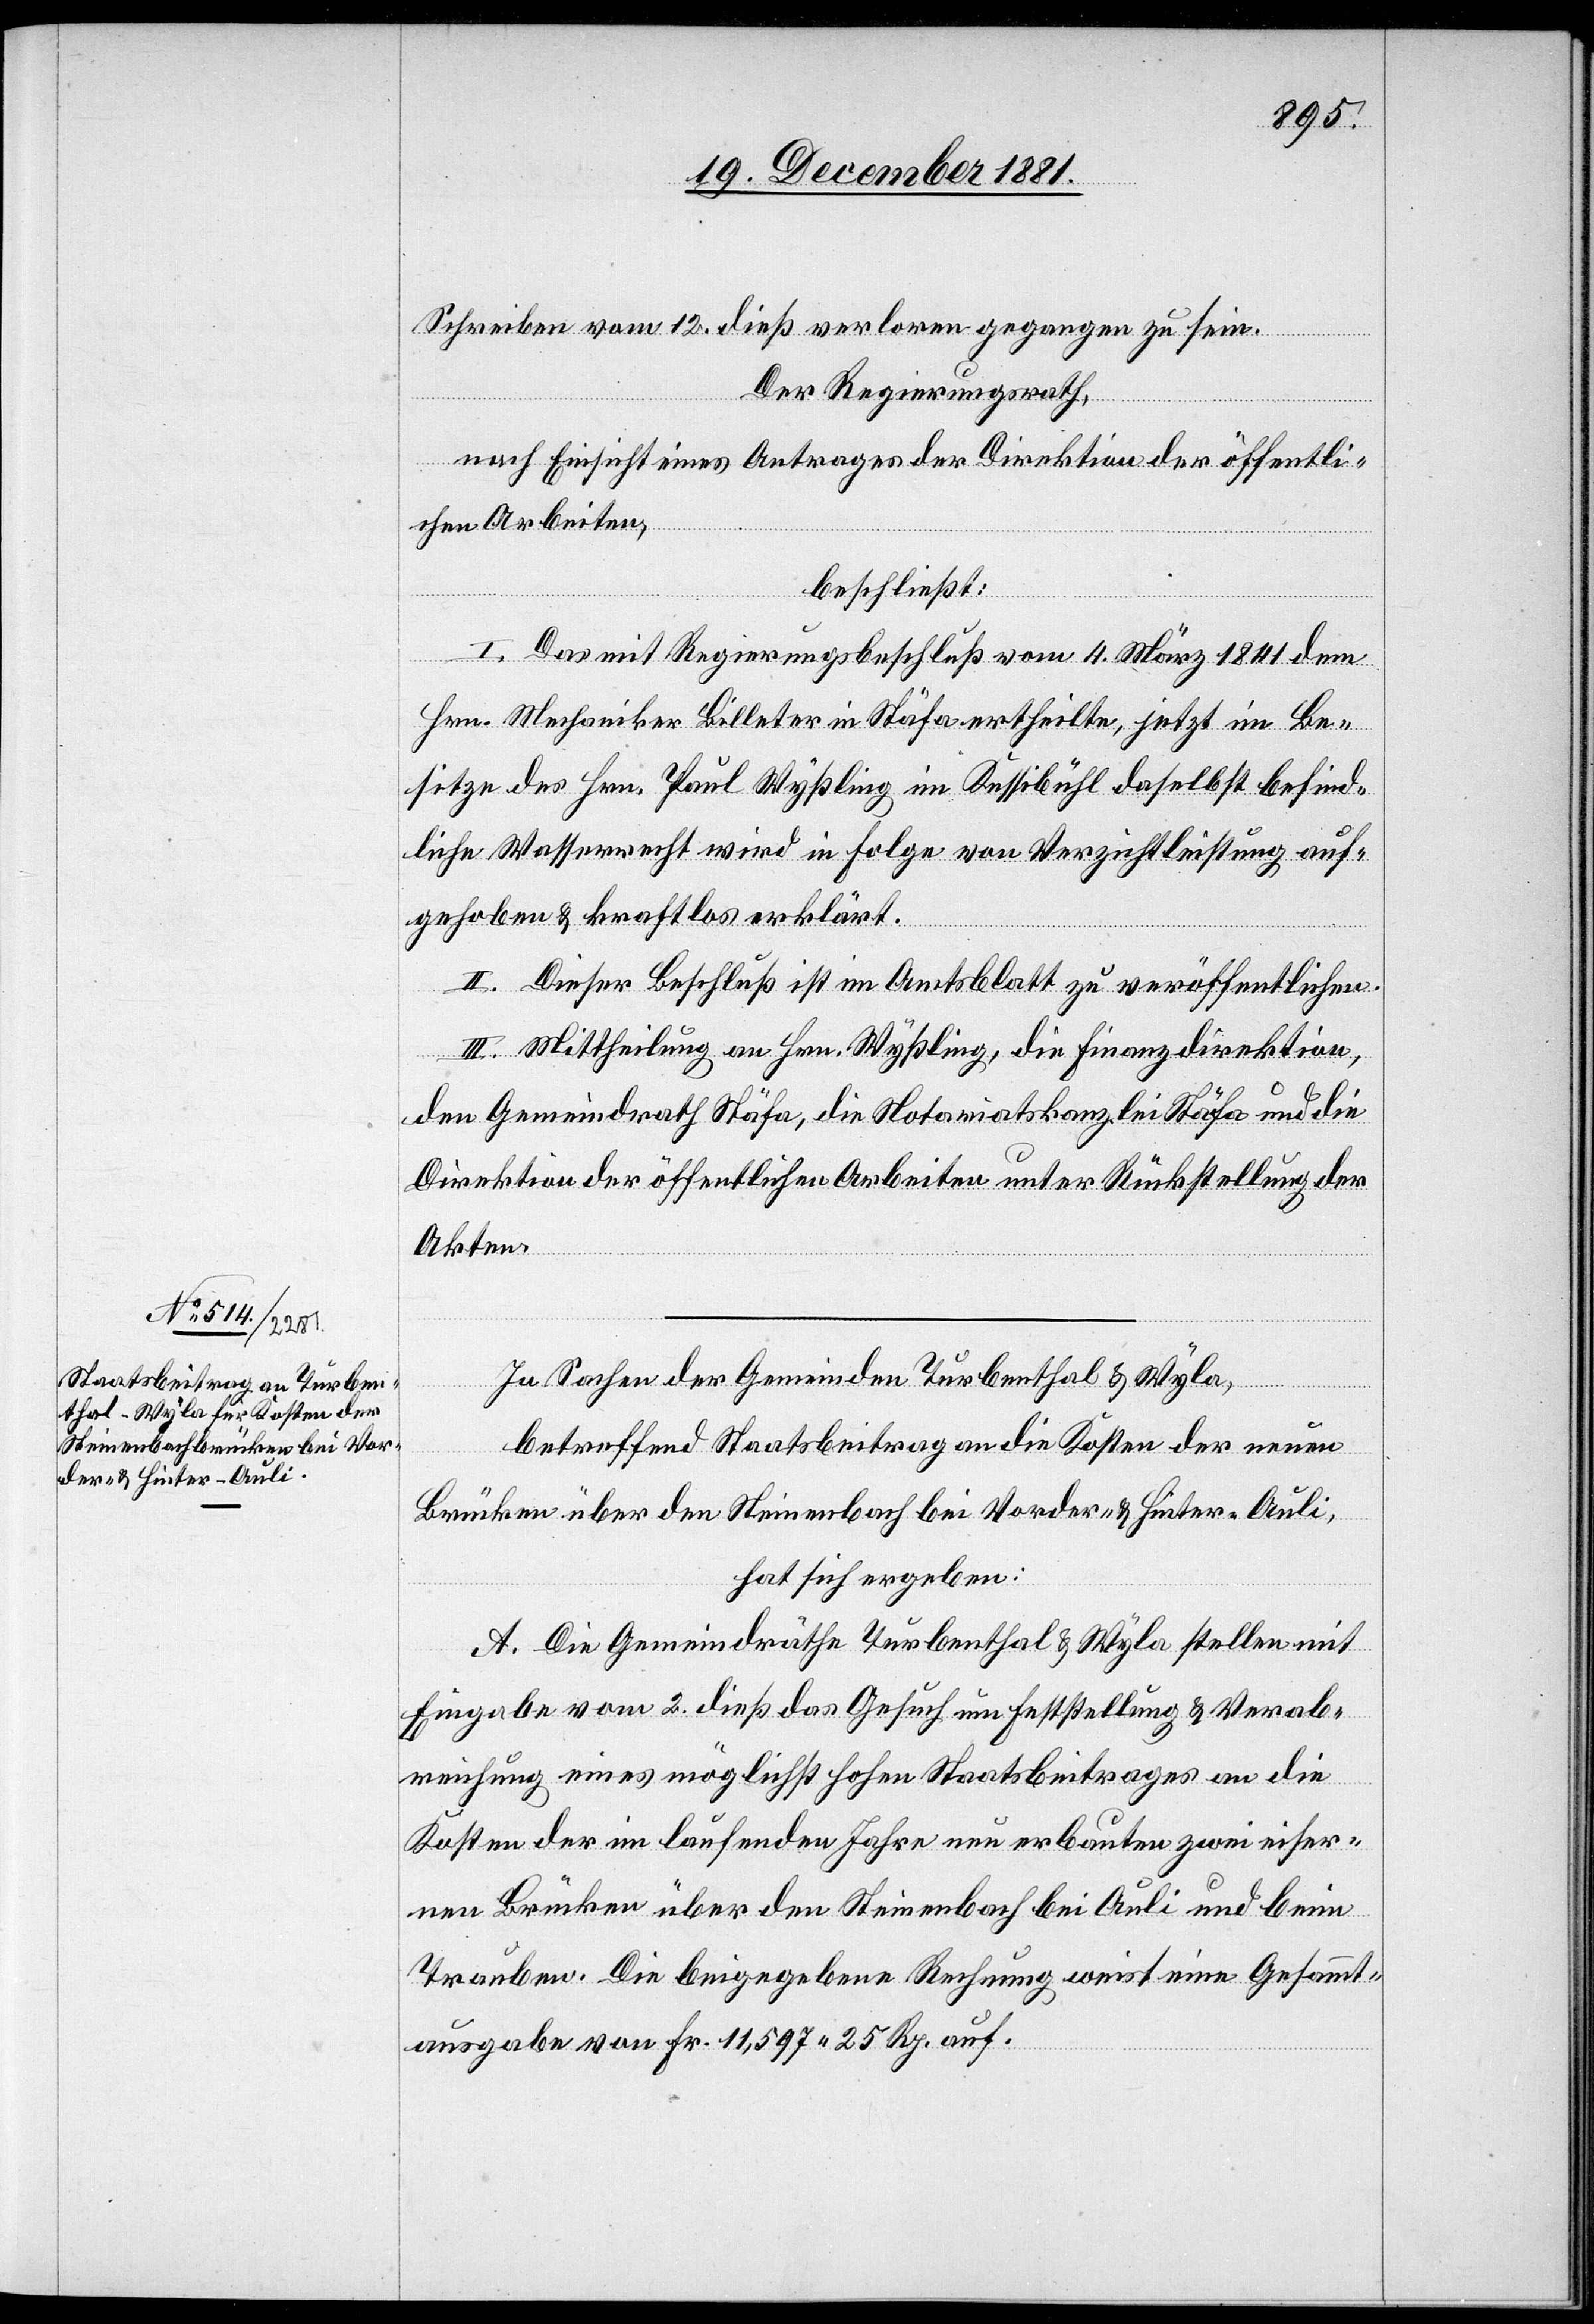
Schreiben vom 12. dieß verloren gegangen zu sein.
Der Regierungsrath;
nach Einsicht eines Antrages der Direktion der öffentli¬
chen Arbeiten,
beschließt:
I. Das mit Regierungsbeschluß vom 4. März 1841 dem
Hrn. Mechaniker Billeter in Stäfa ertheilte, jetzt im Be¬
sitze des Hrn. Paul Wyßling im Kessibühl daselbst befind¬
liche Wasserrecht wird in Folge von Verzichtleistung auf¬
gehoben & kraftlos erklärt.
II. Dieser Beschluß ist im Amtsblatt zu veröffentlichen.
III. Mittheilung an Hrn. Wyßling, die Finanzdirektion,
den Gemeindrath Stäfa, die Notariatskanzlei Stäfa und die
Direktion der öffentlichen Arbeiten unter Rückstellung der
Akten.
In Sachen der Gemeinden Turbenthal & Wyla,
betreffend Staatsbeitrag an die Kosten der neuen
Brücken über den Steinenbach bei Vorder- & Hinter-Auli,
hat sich ergeben:
A. Die Gemeindräthe Turbenthal & Wyla stellen mit
Eingabe vom 2. dieß das Gesuch um Feststellung & Verab¬
reichung eines möglichst hohen Staatsbeitrages an die
Kosten der im laufenden Jahre neu erbauten zwei eiser¬
nen Brücken über den Steinenbach bei Auli und beim
Trauben. Die beigegebene Rechnung weist eine Gesammt¬
ausgabe von Fr. 11,597. 25 Rp. auf.